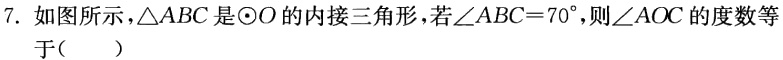
7. 如图所示，$\triangle ABC$是$\odot O$的内接三角形，若$\angle ABC = 70^{\circ}$，则$\angle AOC$的度数等

于（  ）